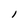
Character: I